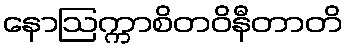
နောဩက္ကာစိတဝိနီတာတိ